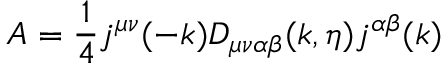
A = \frac { 1 } { 4 } j ^ { \mu \nu } ( - k ) D _ { \mu \nu \alpha \beta } ( k , \eta ) j ^ { \alpha \beta } ( k )